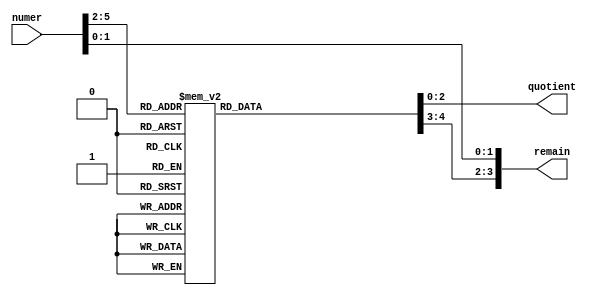
`timescale 1ns / 1ps
//////////////////////////////////////////////////////////////////////////////////
// Company: 
// Engineer: 
// 
// Design Name: 
// Module Name:    divide_by12 
// Project Name: 
// Target Devices: 
// Tool versions: 
// Description: 
//
// Dependencies: 
//
// Revision: 
// Revision 0.01 - File Created
// Additional Comments: 
//
//////////////////////////////////////////////////////////////////////////////////
module divide_by12(numer, quotient, remain);
input [5:0] numer;
output [2:0] quotient;
output [3:0] remain;

reg [2:0] quotient;
reg [3:0] remain_bit3_bit2;

assign remain = {remain_bit3_bit2, numer[1:0]}; // the first 2 bits are copied through

always @(numer[5:2]) // and just do a divide by "3" on the remaining bits
case(numer[5:2])
   0: begin quotient=0; remain_bit3_bit2=0; end
   1: begin quotient=0; remain_bit3_bit2=1; end
   2: begin quotient=0; remain_bit3_bit2=2; end
   3: begin quotient=1; remain_bit3_bit2=0; end
   4: begin quotient=1; remain_bit3_bit2=1; end
   5: begin quotient=1; remain_bit3_bit2=2; end
   6: begin quotient=2; remain_bit3_bit2=0; end
   7: begin quotient=2; remain_bit3_bit2=1; end
   8: begin quotient=2; remain_bit3_bit2=2; end
   9: begin quotient=3; remain_bit3_bit2=0; end
 10: begin quotient=3; remain_bit3_bit2=1; end
 11: begin quotient=3; remain_bit3_bit2=2; end
 12: begin quotient=4; remain_bit3_bit2=0; end
 13: begin quotient=4; remain_bit3_bit2=1; end
 14: begin quotient=4; remain_bit3_bit2=2; end
 15: begin quotient=5; remain_bit3_bit2=0; end
endcase
endmodule